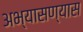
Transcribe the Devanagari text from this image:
अभ्यासण्यास